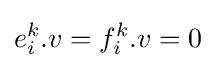
e_{i}^{k}.v=f_{i}^{k}.v=0